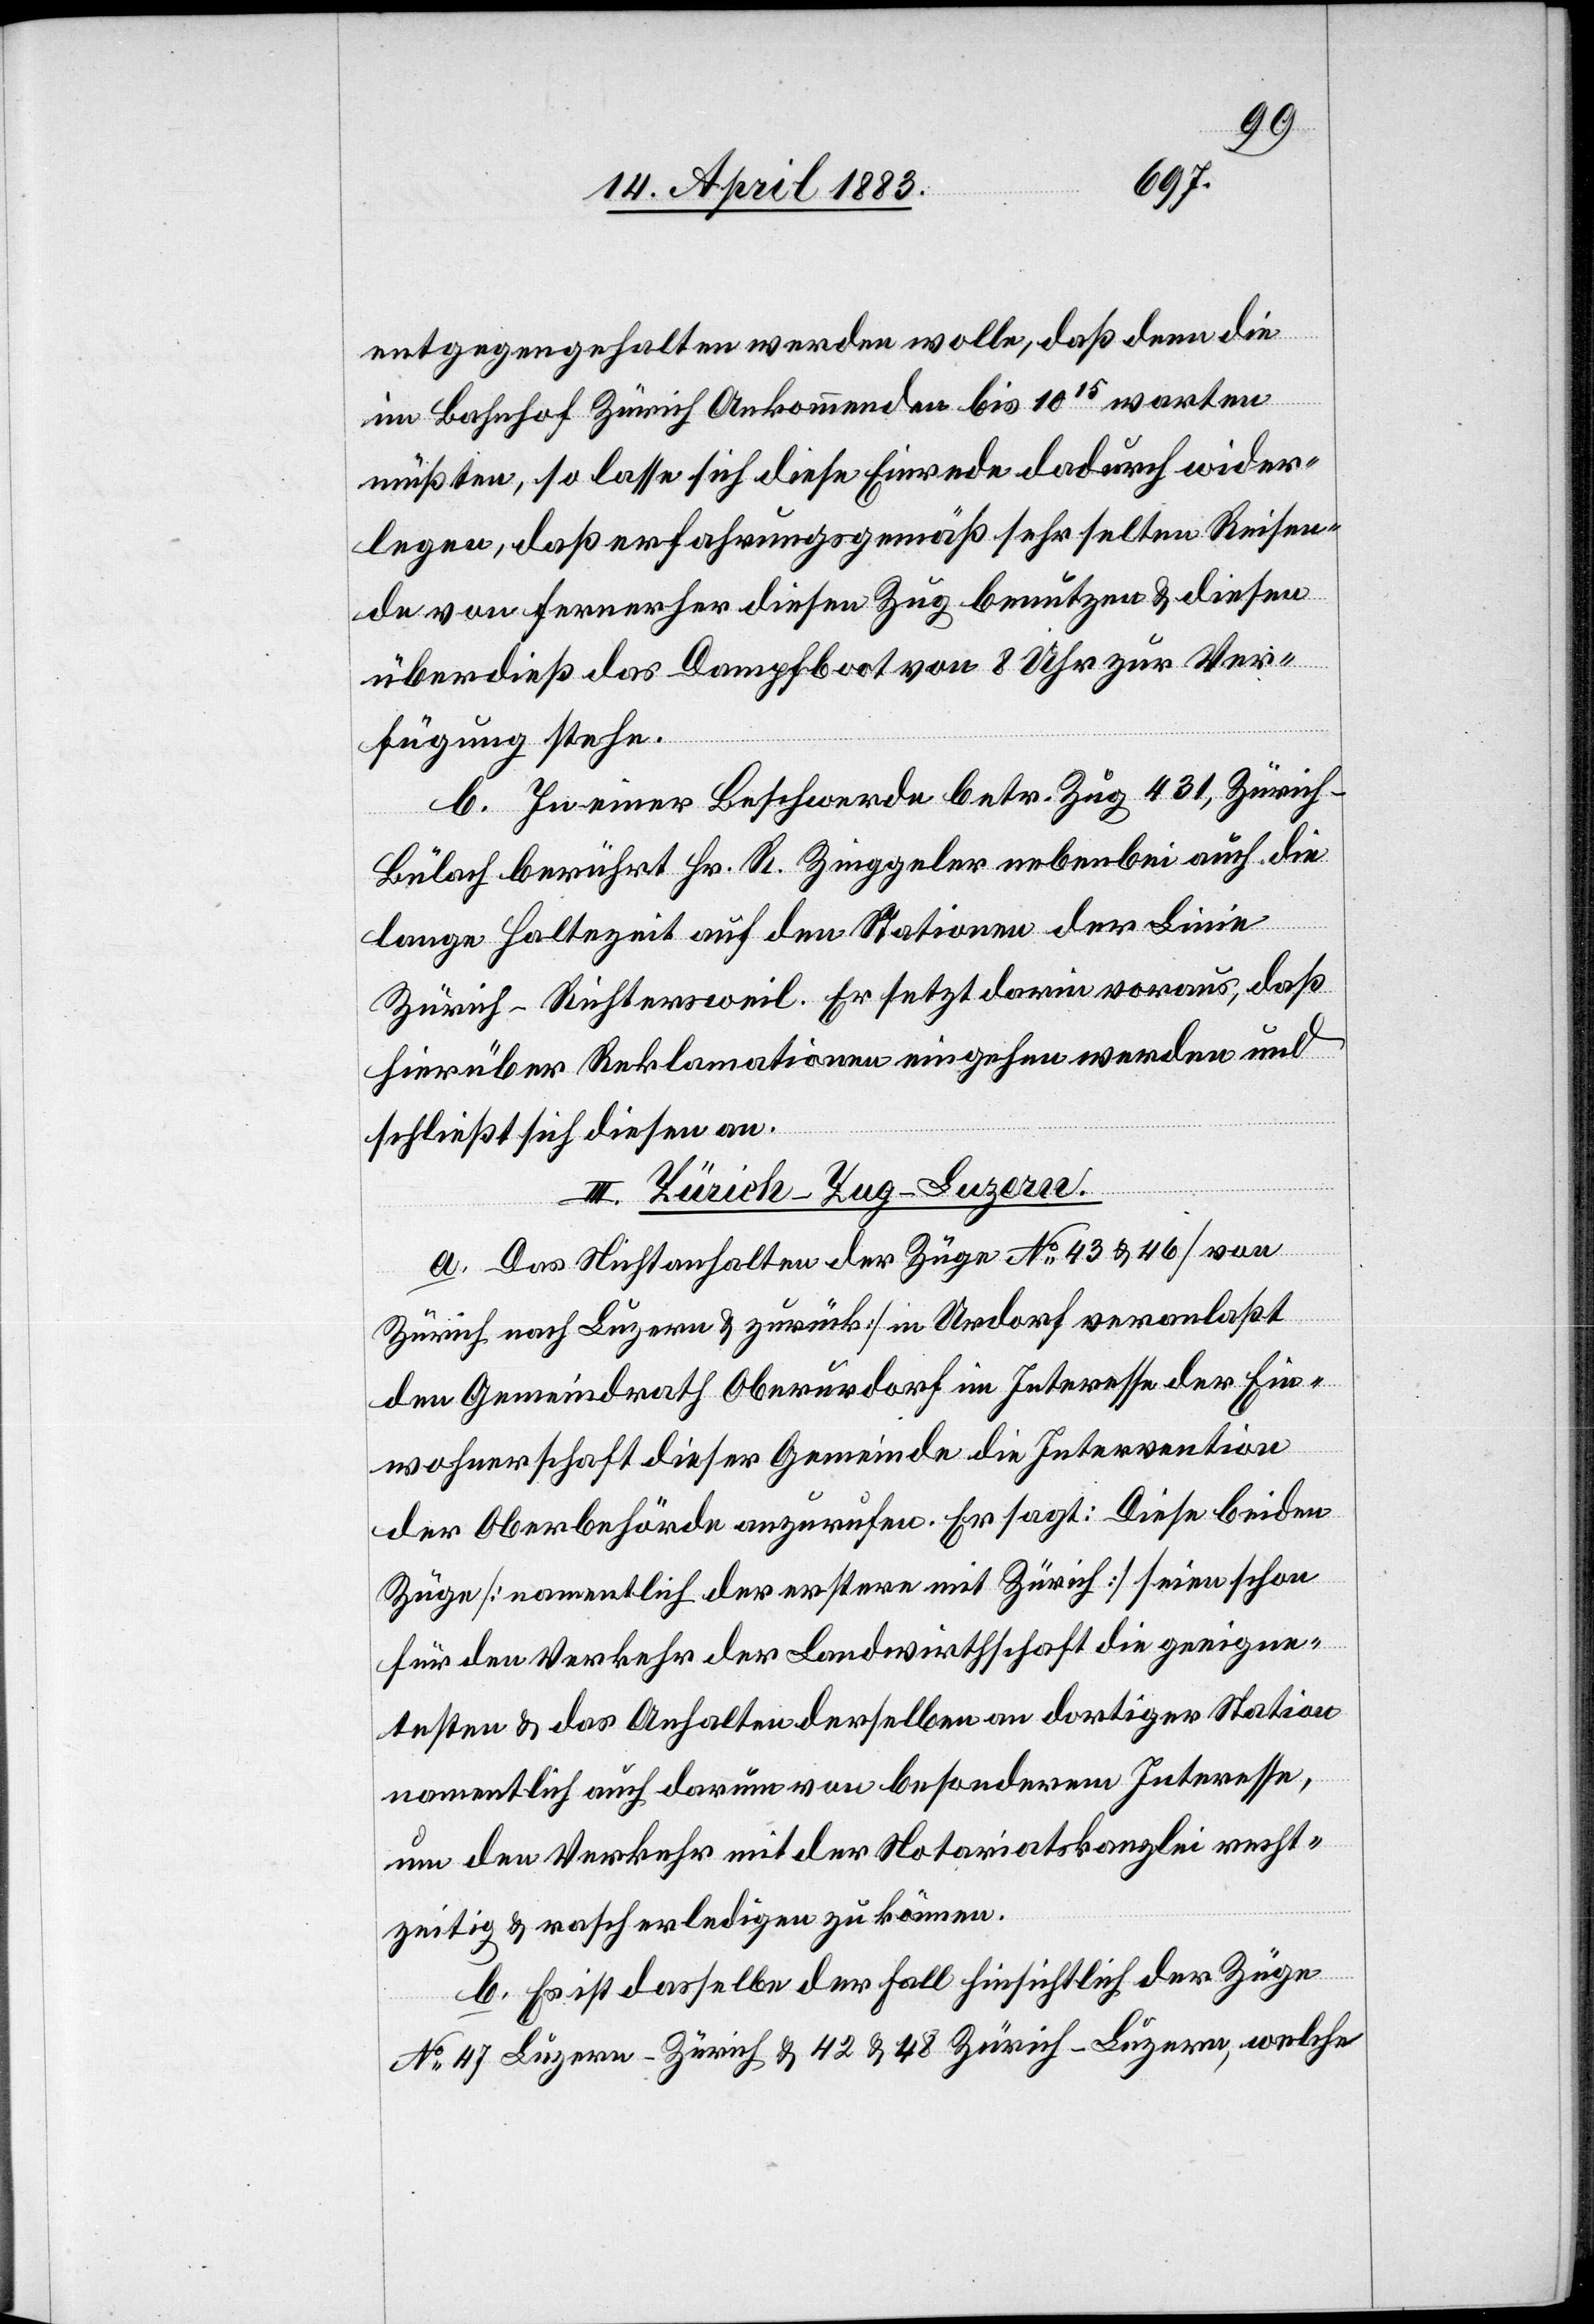
entgegengehalten werden wolle, daß denn die
im Bahnhof Zürich Ankommenden bis 1015 warten
müßten, so lasse sich diese Einrede dadurch wider¬
legen, daß erfahrungsgemäß sehr selten Reisen¬
de von ferner her diesen Zug benutzten & diesen
überdieß das Dampfboot von 8 Uhr zur Ver¬
fügung stehe.
b. In einer Beschwerde betr. Zug 431, Zürich–B¬
ülach berührt Hr. R. Zinggler nebenbei auch die
lange Haltezeit auf den Stationen der Linie
Zürich–Richtersweil. Er setzt darin voraus, daß
hierüber Reklamationen eingehen werden und
schließt sich diesen an.
III. Zürich–Zug–Luzern.
a. Das Nichtanhalten der Züge No 43 & 46 [von
Zürich nach Luzern & zurück] in Urdorf veranlaßt
den Gemeindrath Oberurdorf im Interesse der Ein¬
wohnerschaft dieser Gemeinde die Intervention
der Oberbehörde anzurufen. Er sagt: Diese beiden
Züge [namentlich der erstere mit Zürich] seien schon
für den Verkehr der Landwirthschaft die geeigne¬
tsten & das Anhalten derselben an dortiger Station
namentlich auch darum von besonderem Interesse,
um den Verkehr mit der Notariatskanzlei recht¬
zeitig & rasch erledigen zu können.
b. Es ist dasselbe der Fall hinsichtlich der Züge
No 47 Luzern–Zürich & 42 & 48 Zürich–Luzern, welche